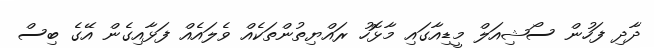
ދާދި ފަހުން ސޯޝިއަލް މީޑިއާގައި މާޅޮހު ރައްޔިތުންތަކެއް ވެލައެއް ފަޅާއިގެން އޭގެ ބިސް